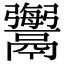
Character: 𩱟